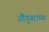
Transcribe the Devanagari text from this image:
औंदुंबरांच्या